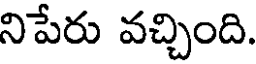
నిపేరు వచ్చింది.